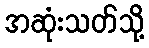
အဆုံးသတ်သို့